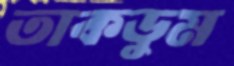
তাকডুম